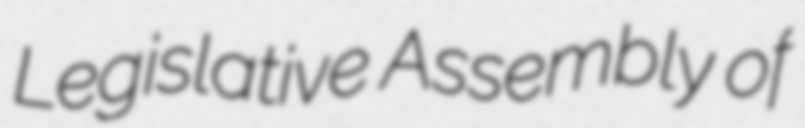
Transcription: Legislative Assembly of